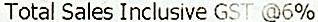
TOTAL SALES INCLUSIVE GST @6%